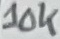
Text: 10K